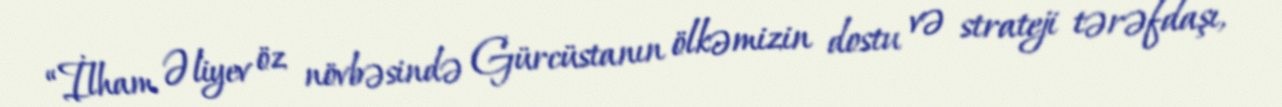
“İlham Əliyev öz növbəsində Gürcüstanın ölkəmizin dostu və strateji tərəfdaşı,